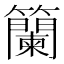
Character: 籣